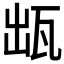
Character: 𤬷